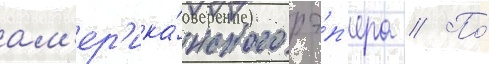
ам'ер'ика́нского рэ́п'ера // По́